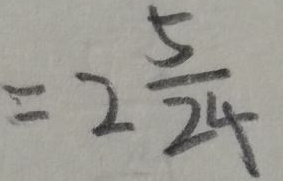
= 2 \frac { 5 } { 2 4 }